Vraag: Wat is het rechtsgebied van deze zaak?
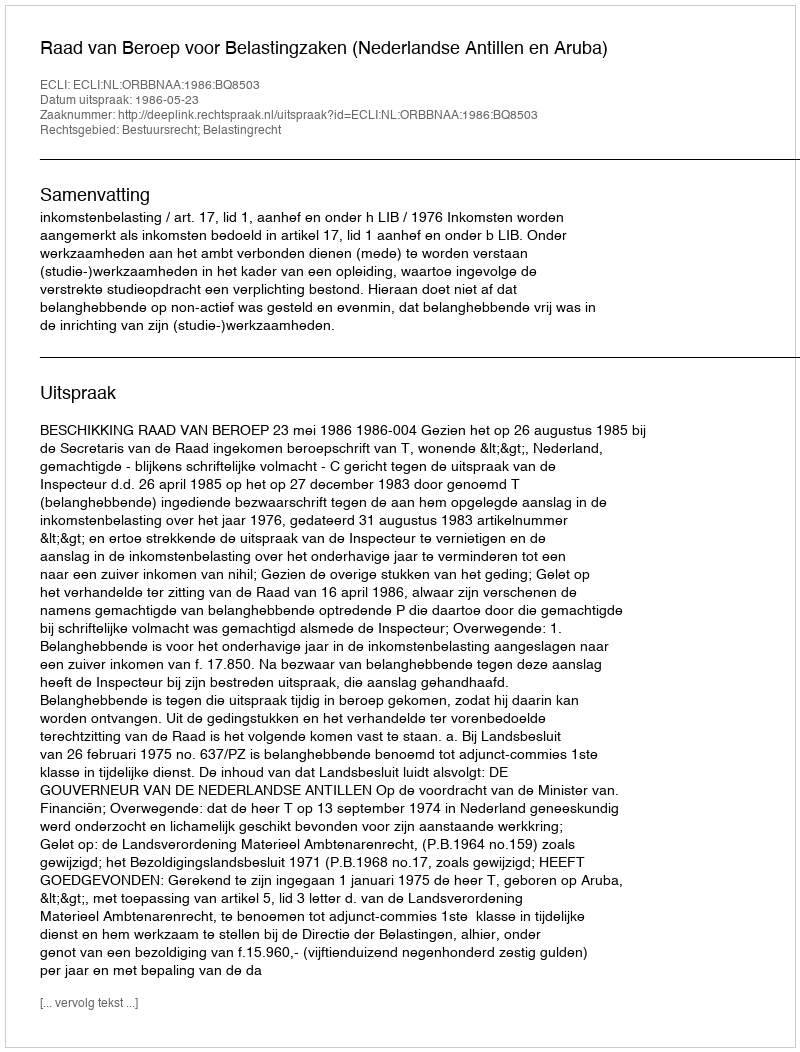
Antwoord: Bestuursrecht; Belastingrecht